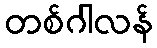
တစ်ဂါလန်